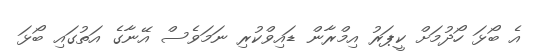
އެ ބޯޅަ ހޯދުމަށް ކީޕަރު އިމްރާން ޑައިވްކުރި ނަމަވެސް އޭނާގެ އަތުގައި ބޯޅަ